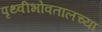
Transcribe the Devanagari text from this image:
पृथ्वीभोवतालच्या